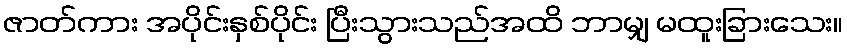
ဇာတ်ကား အပိုင်းနှစ်ပိုင်း ပြီးသွားသည်အထိ ဘာမျှ မထူးခြားသေး။